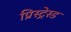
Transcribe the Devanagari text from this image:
प्रिस्ट्रेस्ड